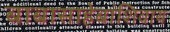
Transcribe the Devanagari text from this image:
बाबासाहेबांशिवाय